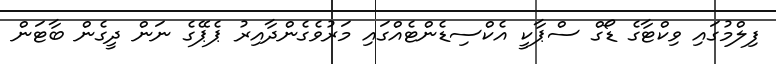
ފިލްމުގައި ވިކްޓާގެ ޑޯގް ސްޕާކީ އެކްސިޑެންޓެއްގައި މަރުވެގެންދާއިރު ޕެޕޭގެ ނަން ދީގެން ބާޓަން